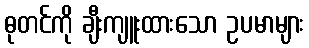
ဓုတင်ကို ချီးကျူးထားသော ဥပမာများ